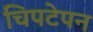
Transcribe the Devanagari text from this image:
चिपटेपन